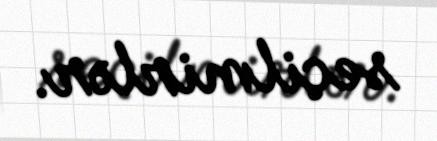
seçilmirlər.